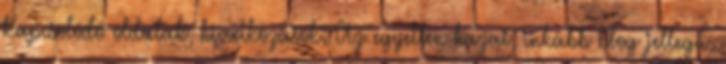
Kapcsolódó oldalak, hivatkozások: Az egyetlen hazai, inkább blog jellegű,